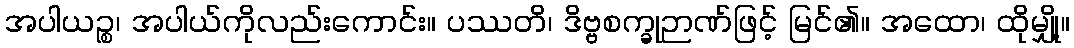
အပါယဉ္စ၊ အပါယ်ကိုလည်းကောင်း။ ပဿတိ၊ ဒိဗ္ဗစက္ခုဉာဏ်ဖြင့် မြင်၏။ အထော၊ ထိုမျှို့။